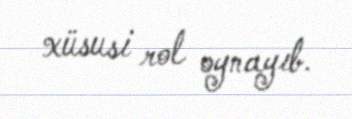
xüsusi rol oynayıb.